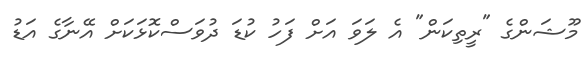
މޫޝަންގެ "ރީތިކަން" އެ ލަވަ އަށް ފަހު ކުޑަ ދުވަސްކޮޅަކަށް އޭނާގެ އަޑު